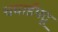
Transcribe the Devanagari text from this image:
चधाईपटू